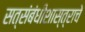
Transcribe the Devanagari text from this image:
सत्संबंधीशास्त्राचे